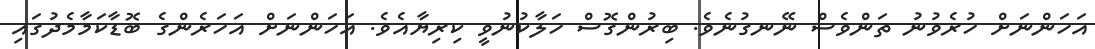
އަހަންނަށް ހުރެވުނު ތަންވެސް ނޭނގުނެވެ. ބިރުންގޮސް ހަލާކުނުވީ ކިރިޔާއެވެ. އަހަންނަށް އަހަރެންގެ ބޮޑާކަމާމެދުގައި